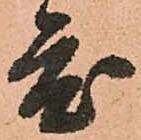
度